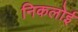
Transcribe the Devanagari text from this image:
निकलोई